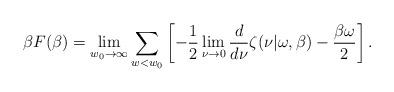
LaTeX: \begin{align*}\beta F(\beta)=\lim_{w_0\rightarrow \infty}\sum_{w<w_0}\left[ -\frac 12\lim_{\nu\rightarrow 0}{d \over d\nu}\zeta(\nu|\omega,\beta)-{\beta \omega \over 2}\right].\end{align*}